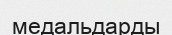
медальдарды